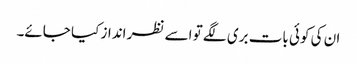
ان کی کوئی بات بری لگے تو اسے نظر انداز کیا جائے۔